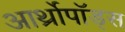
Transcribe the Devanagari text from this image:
आर्थ्रोपॉड्स